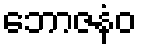
ဘောဇနံဝ